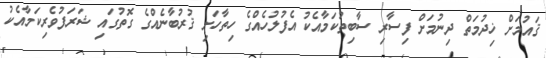
ޤައުމަށް ޚިދުމަތް ދިނުމަށް ފިސާރި ސާބިތުކަމާއެކު އެފުލުހެއްގެ ހިތާހަށި ޤުރުބާނެއްގެ ގޮތުގައި ޝަރަފުވެރިކަމާއެކު